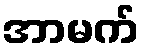
အာမက်